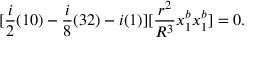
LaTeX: [ \frac { i } { 2 } ( 1 0 ) - \frac { i } { 8 } ( 3 2 ) - i ( 1 ) ] [ \frac { r ^ { 2 } } { R ^ { 3 } } x _ { 1 } ^ { b } x _ { 1 } ^ { b } ] = 0 .